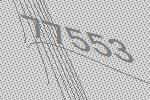
77553